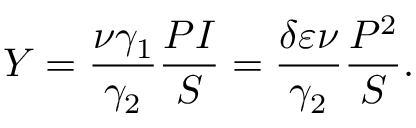
Y = \frac { \nu \gamma _ { 1 } } { \gamma _ { 2 } } \frac { P I } { S } = \frac { \delta \varepsilon \nu } { \gamma _ { 2 } } \frac { P ^ { 2 } } { S } .